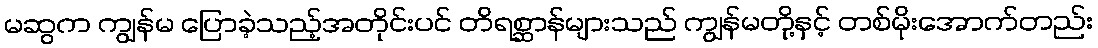
မဆွက ကျွန်မ ပြောခဲ့သည့်အတိုင်းပင် တိရစ္ဆာန်များသည် ကျွန်မတို့နှင့် တစ်မိုးအောက်တည်း